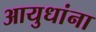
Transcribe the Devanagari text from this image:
आयुधांना